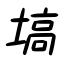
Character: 塙